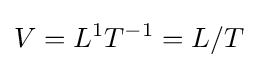
V=L^{1}T^{-1}=L/T